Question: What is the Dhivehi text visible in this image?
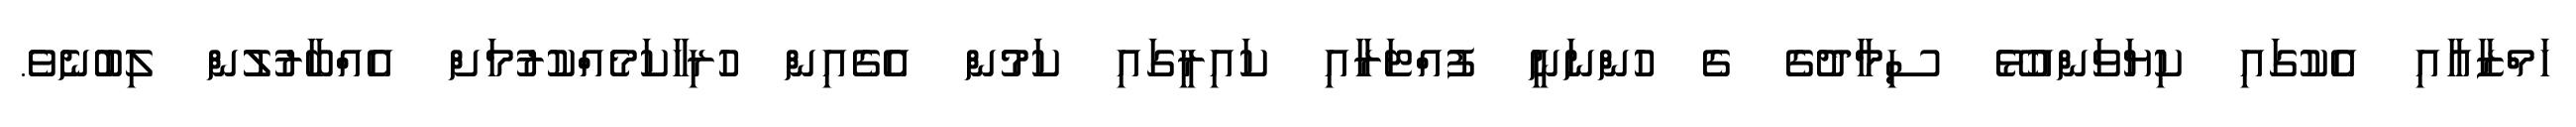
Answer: ހަމްޒާއާއި އެކުގައި ކިޔަވަންއުޅޭ ސިމާދުގެ ގެ ހުންނަނީ ފުއްޓަރާއި ކައިރީގައި ކަމުން އެގެއިން ހުރިހާކަމެއްކުރުމަށް އެއްބާރުލުން ލިބުނެވެ.